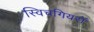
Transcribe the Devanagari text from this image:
स्विचगियरों